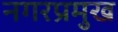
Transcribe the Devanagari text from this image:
नगरप्रमुख